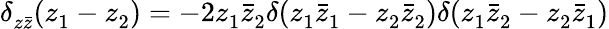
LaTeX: \delta_{z\bar{z}}^{}(z_{1}^{}-z_{2}^{})=-2z_{1}^{}\bar{z}_{2}^{}\delta(z_{1}^{}\bar{z}_{1}^{}-z_{2}^{}\bar{z}_{2}^{})\delta(z_{1}^{}\bar{z}_{2}^{}-z_{2}^{}\bar{z}_{1}^{})